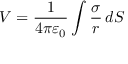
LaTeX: V = { \frac { 1 } { 4 \pi \varepsilon _ { 0 } } } \int { \frac { \sigma } { r } } \, d S